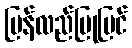
ပြန်လည်ပြုပြင်